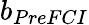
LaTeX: b_{PreFCI}